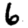
Digit: 6